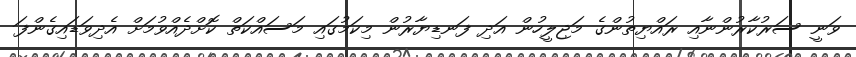
ވަނީ ސަރުކާރުންނާއި ރައްޔިތުންގެ މަޖިލީހުން އަދި ފަނޑިޔާރުން މިކަމުގައި މަސައްކަތް ކޮށްދެއްވުމަށް އެދިވަޑައިގެންފަ